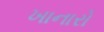
ખાનારો